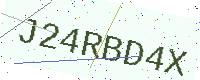
Text: J24RBD4X